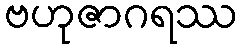
ဗဟုဇာဂရဿ